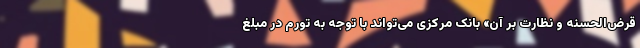
قرض‌الحسنه و نظارت بر آن» بانک مرکزی می‌تواند با توجه به تورم در مبلغ